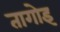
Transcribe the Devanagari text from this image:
तागोइ